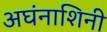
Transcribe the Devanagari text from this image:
अघंनाशिनी